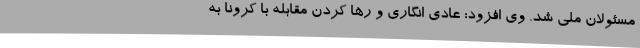
مسئولان ملی شد. وی افزود: عادی انگاری و رها کردن مقابله با کرونا به